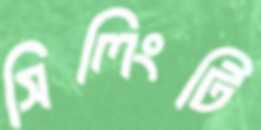
সিলিংটি